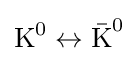
{\text{K}}^{0}\leftrightarrow {\bar {\text{K}}}^{0}